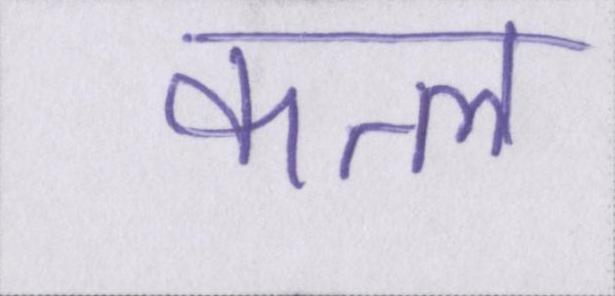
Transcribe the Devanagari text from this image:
कत्ल